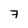
Character: 7